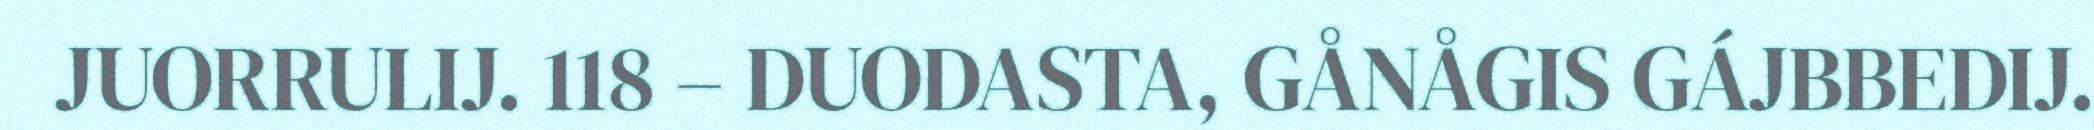
JUORRULIJ. 118 – DUODASTA, GÅNÅGIS GÁJBBEDIJ.